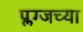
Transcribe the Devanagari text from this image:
प्लग्जच्या